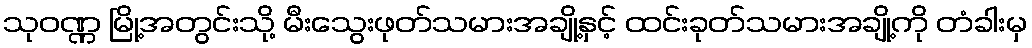
သုဝဏ္ဏ မြို့အတွင်းသို့ မီးသွေးဖုတ်သမားအချို့နှင့် ထင်းခုတ်သမားအချို့ကို တံခါးမှ